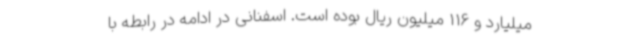
میلیارد و 116 میلیون ریال بوده است. اسفنانی در ادامه در رابطه با